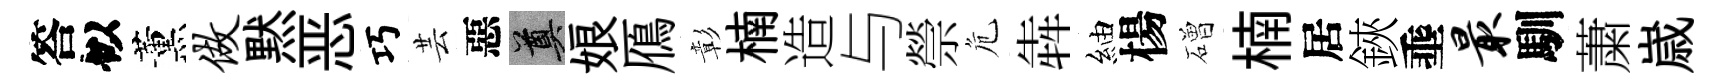
答似薰做黙恶巧芸惡奠娘鴈彰楠造与禜危犇紬楊磳楠居鋏埀最馴䔥𡻕